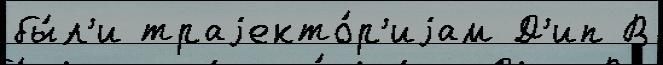
бы́л'и траjекто́р'иjам Д'ип В